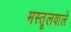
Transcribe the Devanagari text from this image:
मस्तूलवाले